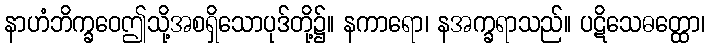
နာဟံဘိက္ခဝေဤသို့အစရှိသောပုဒ်တို့၌။ နကာရော၊ နအက္ခရာသည်။ ပဋိသေဓတ္ထော၊